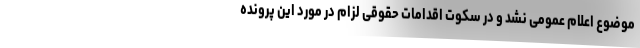
موضوع اعلام عمومی نشد و در سکوت اقدامات حقوقی لزام در مورد این پرونده